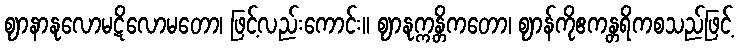
ဈာနာနုလောမဋိလောမတော၊ ဖြင့်လည်းကောင်း။ ဈာနုက္ကန္တိကတော၊ ဈာန်ကိုဧကန္တရိကစသည်ဖြင့်